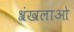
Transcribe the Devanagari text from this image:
श्रंखलाओ